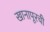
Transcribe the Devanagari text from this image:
खानापूरची